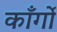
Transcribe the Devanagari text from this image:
काँर्गो